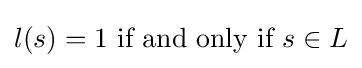
l(s)=1{\text{ if and only if }}s\in L